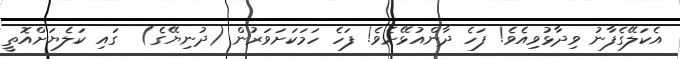
އެކަލޭގެފާނު ވިދާޅުވިއެވެ! ފަހެ ދާންއުޅޭށެވެ! ފަހެ ހަމަކަށަވަރުން (ދުނިޔޭގެ)  ގައި ކަލެޔަށްއޮތީ